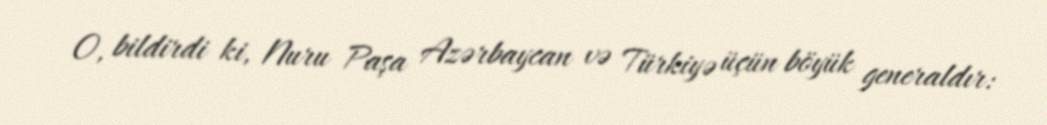
O, bildirdi ki, Nuru Paşa Azərbaycan və Türkiyə üçün böyük generaldır: